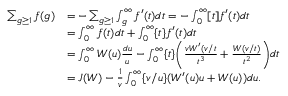
\begin{array} { r l } { \sum _ { g \ge 1 } f ( g ) } & { = - \sum _ { g \ge 1 } \int _ { g } ^ { \infty } f ^ { \prime } ( t ) d t = - \int _ { 0 } ^ { \infty } [ t ] f ^ { \prime } ( t ) d t } \\ & { = \int _ { 0 } ^ { \infty } f ( t ) d t + \int _ { 0 } ^ { \infty } \{ t \} f ^ { \prime } ( t ) d t } \\ & { = \int _ { 0 } ^ { \infty } W ( u ) \frac { d u } { u } - \int _ { 0 } ^ { \infty } \{ t \} \biggl ( \frac { v W ^ { \prime } ( v / t } { t ^ { 3 } } + \frac { W ( v / t ) } { t ^ { 2 } } \biggr ) d t } \\ & { = J ( W ) - \frac { 1 } { v } \int _ { 0 } ^ { \infty } \{ v / u \} ( W ^ { \prime } ( u ) u + W ( u ) ) d u . } \end{array}